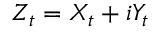
Z _ { t } = X _ { t } + i Y _ { t }